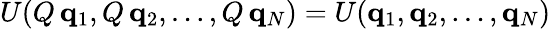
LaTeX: U(Q\, \mathbf{q}_{1},Q\, \mathbf{q}_{2},\dots,Q\, \mathbf{q}_{N})=U(\mathbf{q}_{1},\mathbf{q}_{2},\dots,\mathbf{q}_{N})